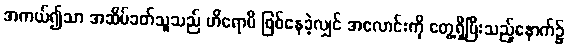
အကယ်၍သာ အဆိပ်ခတ်သူသည် ဟိရောမိ ဖြစ်နေခဲ့လျှင် အလောင်းကို တွေ့ရှိပြီးသည့်နောက်၌